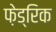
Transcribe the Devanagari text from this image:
फ़ेड्रिक